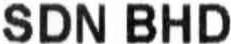
SDN BHD